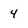
Character: 4